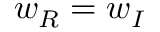
w _ { R } = w _ { I }